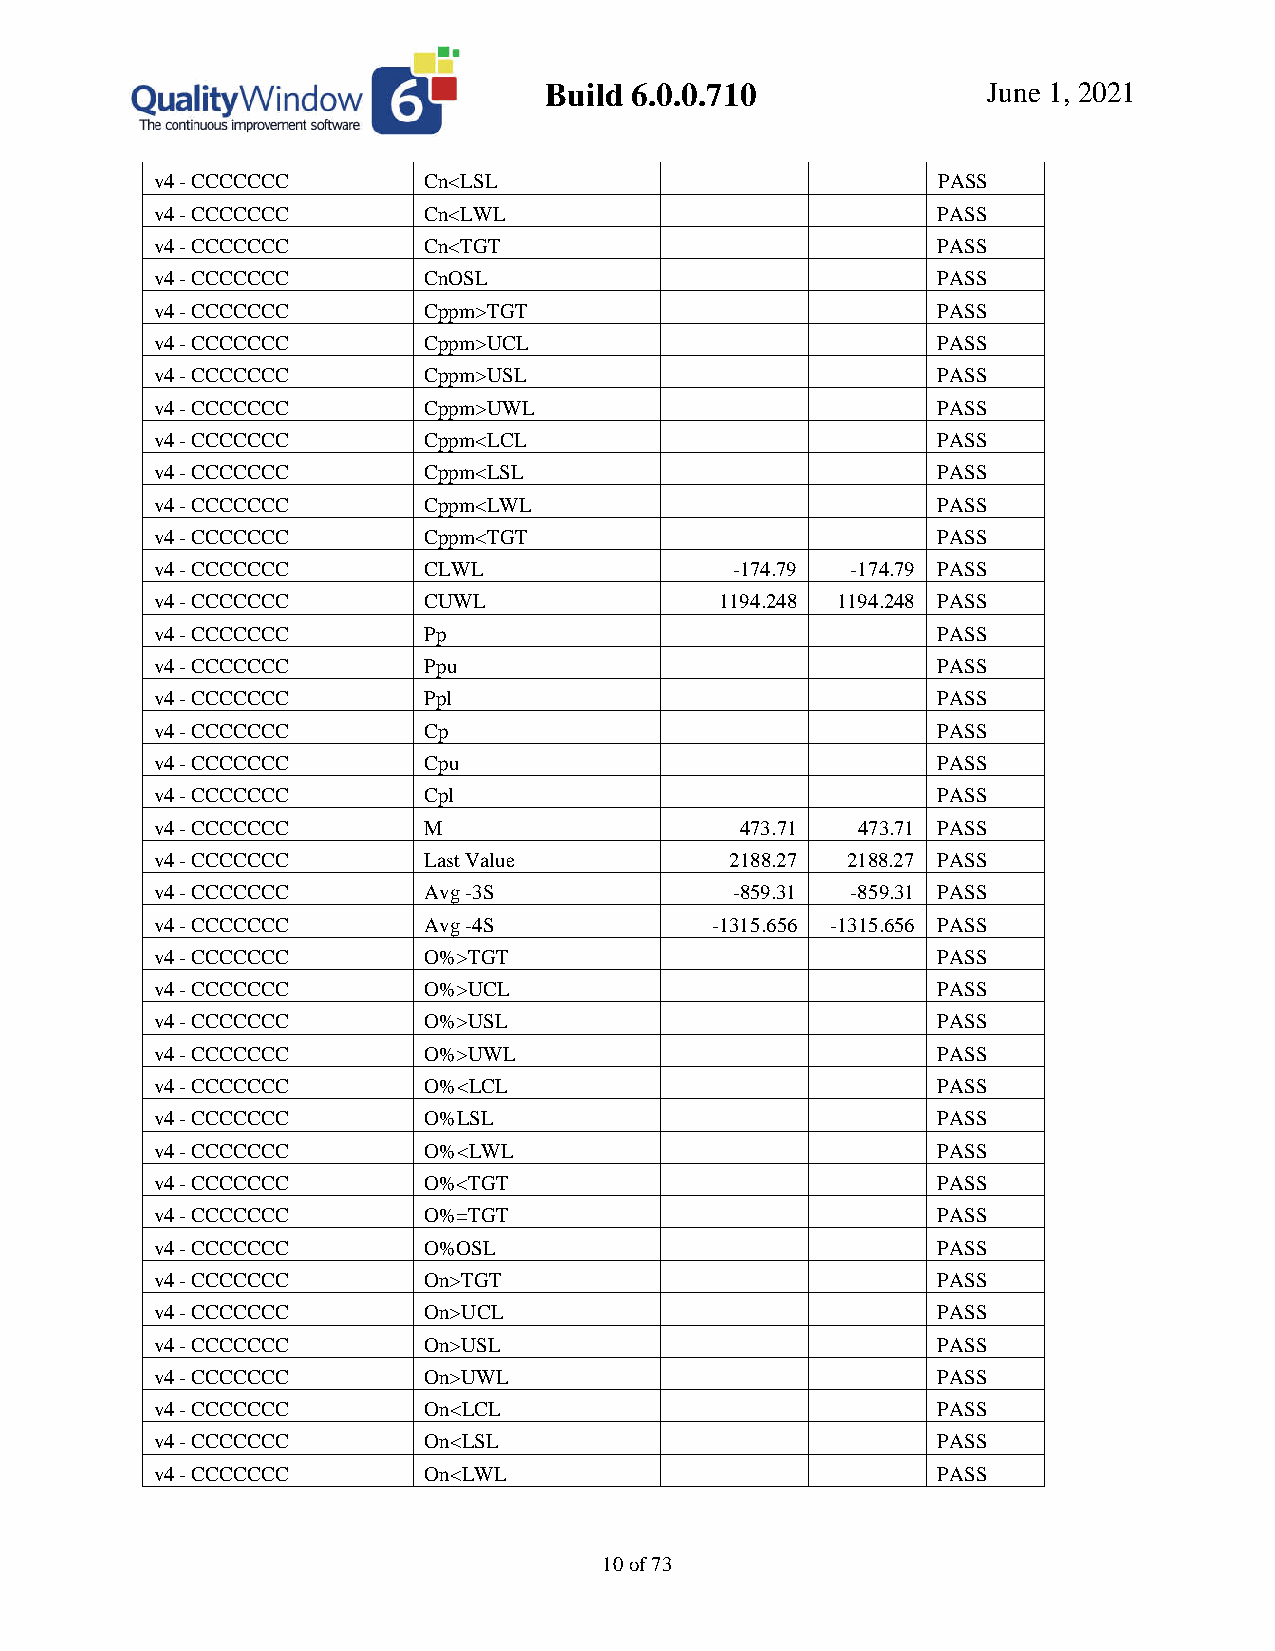
Build 6.0.0.710              June 1, 2021
 v4 - CCCCCCC      Cn<LSL                            PASS
 v4 - CCCCCCC      Cn<LWL                            PASS
 v4 - CCCCCCC      Cn<TGT                            PASS
 v4 - CCCCCCC      CnOSL                             PASS
 v4 - CCCCCCC      Cppm>TGT                          PASS
 v4 - CCCCCCC      Cppm>UCL                          PASS
 v4 - CCCCCCC      Cppm>USL                          PASS
 v4 - CCCCCCC      Cppm>UWL                          PASS
 v4 - CCCCCCC      Cppm<LCL                          PASS
 v4 - CCCCCCC      Cppm<LSL                          PASS
 v4 - CCCCCCC      Cppm<LWL                          PASS
 v4 - CCCCCCC      Cppm<TGT                          PASS
 v4 - CCCCCCC      CLWL                 -174.79 -174.79 PASS
 v4 - CCCCCCC      CUWL                1194.248 1194.248 PASS
 v4 - CCCCCCC      Pp                                PASS
 v4 - CCCCCCC      Ppu                               PASS
 v4 - CCCCCCC      Ppl                               PASS
 v4 - CCCCCCC      Cp                                PASS
 v4 - CCCCCCC      Cpu                               PASS
 v4 - CCCCCCC      Cpl                               PASS
 v4 - CCCCCCC      M                    473.71  473.71 PASS
 v4 - CCCCCCC      Last Value          2188.27 2188.27 PASS
 v4 - CCCCCCC      Avg -3S              -859.31 -859.31 PASS
 v4 - CCCCCCC      Avg -4S            -1315.656 -1315.656 PASS
 v4 - CCCCCCC      O%>TGT                            PASS
 v4 - CCCCCCC      O%>UCL                            PASS
 v4 - CCCCCCC      O%>USL                            PASS
 v4 - CCCCCCC      O%>UWL                            PASS
 v4 - CCCCCCC      O%<LCL                            PASS
 v4 - CCCCCCC      O%LSL                             PASS
 v4 - CCCCCCC      O%<LWL                            PASS
 v4 - CCCCCCC      O%<TGT                            PASS
 v4 - CCCCCCC      O%=TGT                            PASS
 v4 - CCCCCCC      O%OSL                             PASS
 v4 - CCCCCCC      On>TGT                            PASS
 v4 - CCCCCCC      On>UCL                            PASS
 v4 - CCCCCCC      On>USL                            PASS
 v4 - CCCCCCC      On>UWL                            PASS
 v4 - CCCCCCC      On<LCL                            PASS
 v4 - CCCCCCC      On<LSL                            PASS
 v4 - CCCCCCC      On<LWL                            PASS
 10 of 73